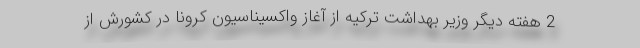
2 هفته دیگر وزیر بهداشت ترکیه از آغاز واکسیناسیون کرونا در کشورش از